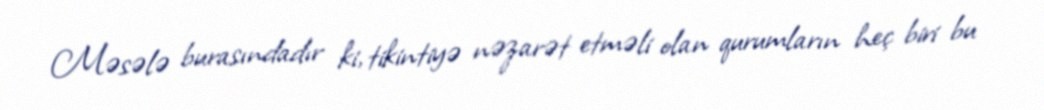
Məsələ burasındadır ki, tikintiyə nəzarət etməli olan qurumların heç biri bu